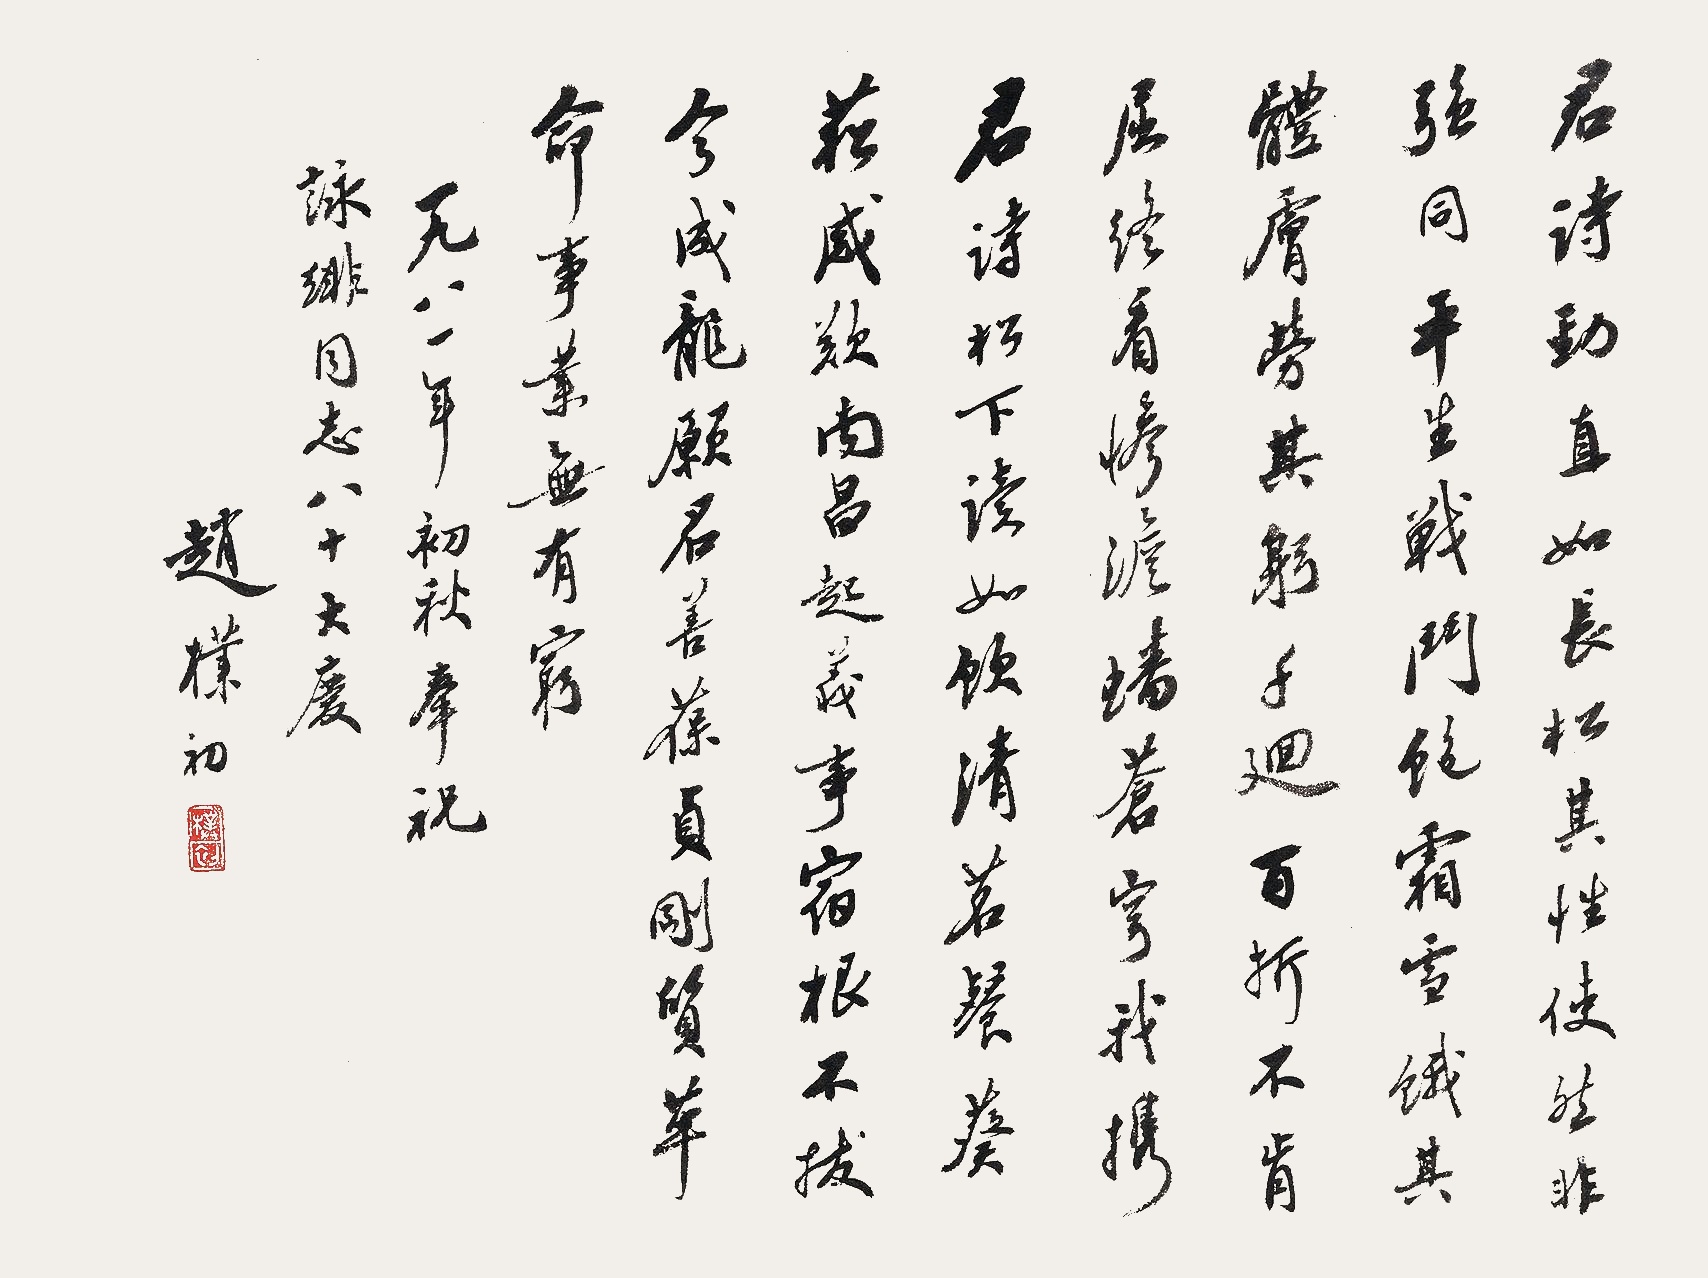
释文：君诗劲直如长松，其性使然非强同。平生战斗饱霜雪，饿其体肤劳其躬。千回百折不肯屈，终看惨淡蟠苍穹。我携君诗松下读，如饮清茗餐葵菘。感叹南昌起义事，宿根不拔今成龙。愿君善葆贞刚质，革命事业无有穷。一九八一年初秋奉祝咏绯同志八十大庆。赵朴初。